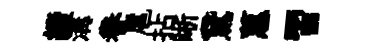
續溝眷扈拈晰鵞蕙習